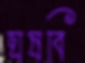
ঘষবি